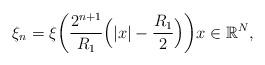
LaTeX: \begin{align*}\xi_{n}= \xi\bigg(\frac{2^{n+1}}{R_1}\Big(\vert x\vert - \frac{R_1}{2}\Big) \bigg) x \in \mathbb{R}^{N},\end{align*}